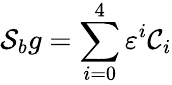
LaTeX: {\cal S}_{b}g=\sum_{i=0}^{4}\varepsilon^{i}{\cal C}_{i}